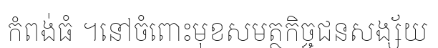
កំពង់ធំ ។នៅចំពោះមុខសមត្ថកិច្ចជនសង្ស័យ